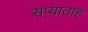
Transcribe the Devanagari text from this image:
सप्याताह